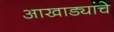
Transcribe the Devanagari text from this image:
आखाड्यांचे